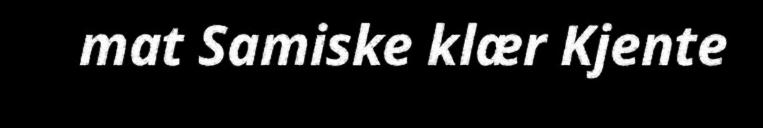
mat Samiske klær Kjente